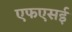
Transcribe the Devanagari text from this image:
एफएसई